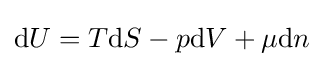
\mathrm {d} U=T\mathrm {d} S-p\mathrm {d} V+\mu \mathrm {d} n